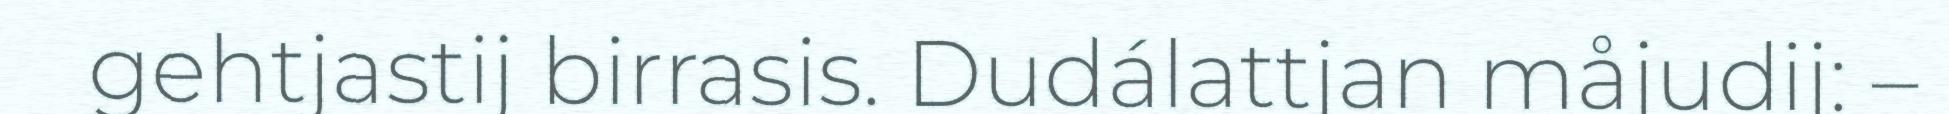
gehtjastij birrasis. Dudálattjan måjudij: –